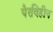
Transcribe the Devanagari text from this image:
पैरविहीन